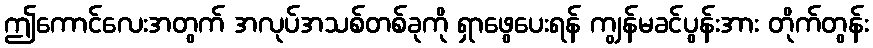
ဤကောင်လေးအတွက် အလုပ်အသစ်တစ်ခုကို ရှာဖွေပေးရန် ကျွန်မခင်ပွန်းအား တိုက်တွန်း